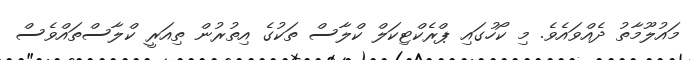
މައުލޫމާތު ދެއްވައެވެ. މި ކޯހުގައި ޕްރެކްޓިކަލް ކްލާސް ތަކުގެ އިތުރުން ތިއަރީ ކްލާސްތައްވެސް